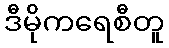
ဒီမိုကရေစီတူ